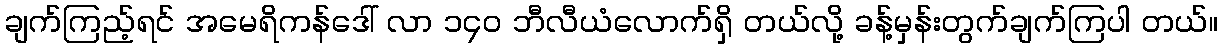
ချက်ကြည့်ရင် အမေရိကန်ဒေါ် လာ ၁၄၀ ဘီလီယံလောက်ရှိ တယ်လို့ ခန့်မှန်းတွက်ချက်ကြပါ တယ်။